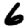
Digit: 6